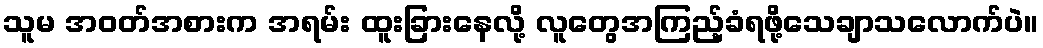
သူမ အဝတ်အစားက အရမ်း ထူးခြားနေလို့ လူတွေအကြည့်ခံရဖို့သေချာသလောက်ပဲ။